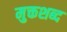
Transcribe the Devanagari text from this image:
मुक्तशब्द